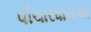
વીચારધારાઓ